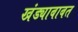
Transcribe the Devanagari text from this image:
खंड्याबाबत